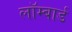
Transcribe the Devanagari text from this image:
लॉम्बार्ड